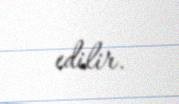
edilir.